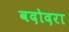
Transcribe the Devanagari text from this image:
वदोदरा